Civil Veterinary Department Bihar & Orissa reports 1929-36 - 1929-1936
Year: 1929
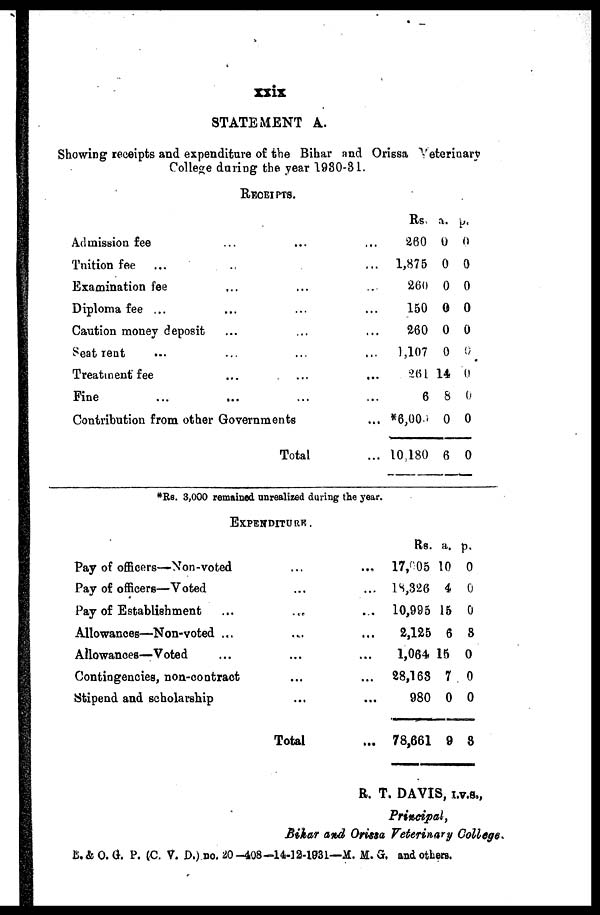
xxix
STATEMENT A.
Showing receipts and expenditure of the Bihar and Orissa Veterinary
College daring the year 1930-31.
RECEIPTS.
Admission fee ... ... ...
Tuition fee ... ...
Examination fee ... ... ...
Diploma fee ... ... ... ...
Caution money deposit ... ... ...
Seat rent ... ... ... ...
Treatment fee ... ... ...
Fine ... ... ... ...
Contribution from other Governments ...
Total ...
Rs a. p.
260 0 0
1,875 0 0
260 0 0
150 0 0
260 0 0
1,107 0 0
261 14 0
6 8 0
*6,000 0 0
10,180 6 0
*Rs. 3,000 remained unrealized during the year.
EXPENDITURE.
Pay of officers—Non-voted ... ...
Pay of officers—Voted ... ...
Pay of Establishment ... ... ...
Allowances—Non-voted ... ... ...
Allowances—Voted ... ... ...
Contingencies, non-contract ... ...
Stipend and scholarship ... ...
Total ...
Rs. a. p.
17,005 10 0
18,326 4 0
10,995 15 0
2,125 6 8
1,064 15 0
28,168 7 0
980 0 0
78,661 9 3
R. T. DAVIS, I.V.S.,
Principal,
Bihar and Orissa Veterinary College.
E.& O. G. P. (C. V. D.)no. 20-408-14-12-1031—M. M. G. and others.